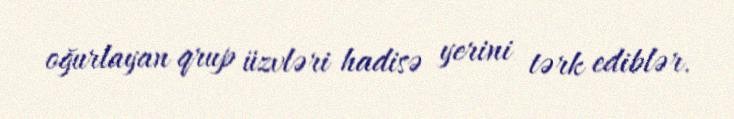
oğurlayan qrup üzvləri hadisə yerini tərk ediblər.